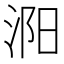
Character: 㳱